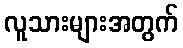
လူသားများအတွက်